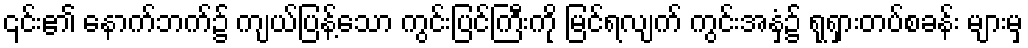
၎င်း၏ နောက်ဘက်၌ ကျယ်ပြန့်သော ကွင်းပြင်ကြီးကို မြင်ရလျက် ကွင်းအနှံ့၌ ရုရှားတပ်စခန်း များမှ